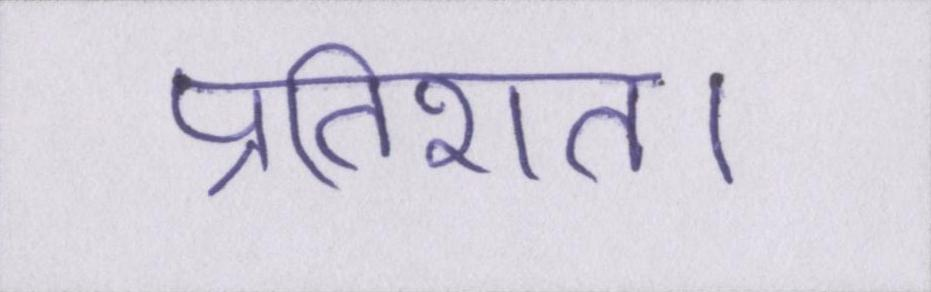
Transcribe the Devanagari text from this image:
प्रतिशत।